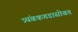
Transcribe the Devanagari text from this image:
त्र्यंबकगडासोबत